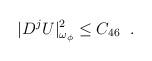
LaTeX: \begin{align*}|D^j U|_{\omega_{\phi}}^2 \leq C_{46} \;\; .\end{align*}